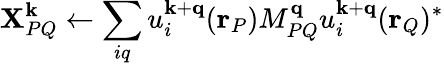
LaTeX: \mathbf{X}_{PQ}^{\mathbf{{k}}}\leftarrow\sum_{iq}u_{i}^{\mathbf{{k}}+\mathbf{{q}}}(\mathbf{{r}}_{P})M_{PQ}^{\mathbf{{q}}}u_{i}^{\mathbf{{k}}+\mathbf{{q}}}(\mathbf{{r}}_{Q})^{*}